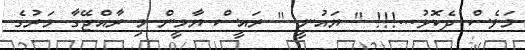
މަވެސް ދެކޮޅު...!!! " ޔައުނީ " ރައީސް ޔާމީން މި ރާއްޖޭގާ މަރުގެ